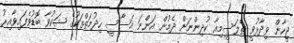
ޖީހާން ވިދާޅުވީ ތެލަސީމިއާ ކުދިންނަށް ދެމުން އަންނަ އަސާސީ ހިދުމަތްތަކުގެ ޝަކުވާ ބޮޑުވެފައިވާއިރު